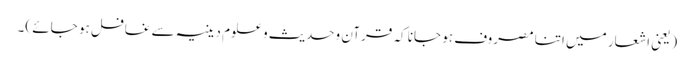
(یعنی اشعار میں اتنا مصروف ہو جانا کہ قرآن وحدیث و علوم دینیہ سے غافل ہو جائے )۔